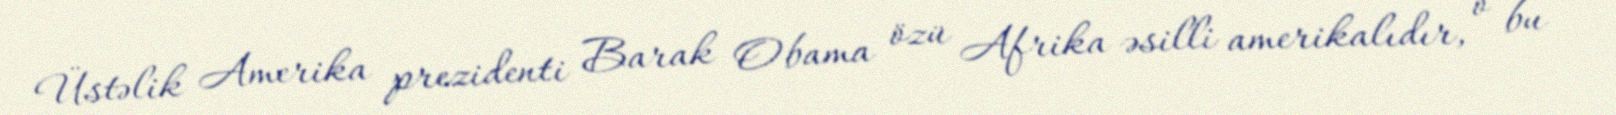
Üstəlik Amerika prezidenti Barak Obama özü Afrika əsilli amerikalıdır, o bu